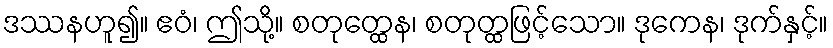
ဒဿနဟူ၍။ ဧဝံ၊ ဤသို့။ စတုတ္ထေန၊ စတုတ္ထဖြင့်သော။ ဒုကေန၊ ဒုက်နှင့်။